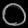
Digit: ၀